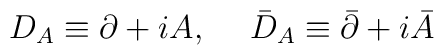
D_A\equiv\partial+iA,\hskip 15pt \bar D_A\equiv\bar\partial+i\bar A